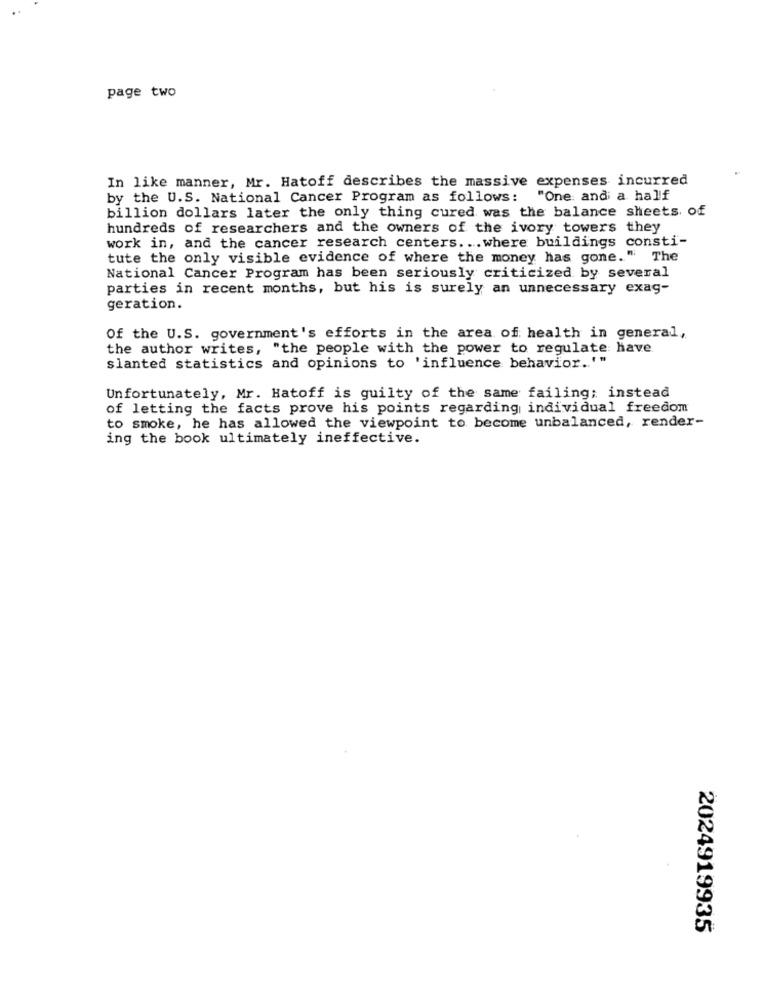
page two
In like manner, Mr. Hatoff describes the massive expenses incurred
by the U.S. National Cancer Program as follows:
"One: and a half
billion dollars later the only thing cured was the balance sheets. of
hundreds of researchers and the owners of the ivory towers they
work in, and the cancer research centers ... where buildings consti-
tute the only visible evidence of where the money has gone." The
National Cancer Program has been seriously criticized by several
parties in recent months, but his is surely an unnecessary exag-
geration.
Of the U.S. government's efforts in the area of health in general ,,
the author writes, "the people with the power to regulate have
slanted statistics and opinions to 'influence behavior. '"
Unfortunately, Mr. Hatoff is guilty of the same failing; instead
of letting the facts prove his points regarding individual freedom
to smoke, he has allowed the viewpoint to become unbalanced, render-
ing the book ultimately ineffective.
2024919935